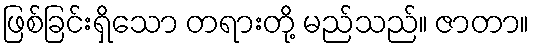
ဖြစ်ခြင်းရှိသော တရားတို့ မည်သည်။ ဇာတာ။